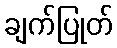
ချက်ပြုတ်